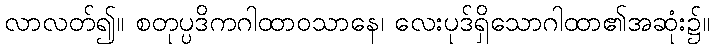
လာလတ်၍။ စတုပ္ပဒိကဂါထာဝသာနေ၊ လေးပုဒ်ရှိသောဂါထာ၏အဆုံး၌။